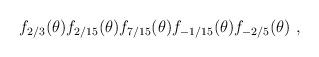
LaTeX: \begin{align*}f_{2/3}(\theta )f_{2/15}(\theta )f_{7/15}(\theta )f_{-1/15}(\theta )f_{-2/5}(\theta )\ ,\end{align*}